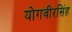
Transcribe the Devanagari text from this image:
योगवीरसिंह